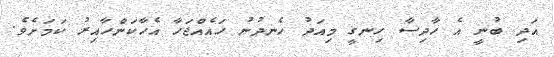
އަދި ބުނީ އެ ހާދިސާ ހިނގީ މިއަދު ހެނދުނު ހައެއްޖަހާ އެހާކަންހާއިރު ކަމަށެވެ.